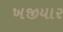
ખજીયાર